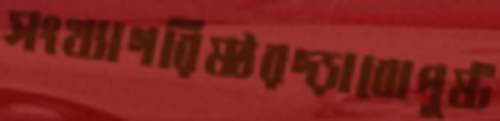
সংখ্যাগরিষ্ঠরগ্‌ড়াবোপুষ্ট